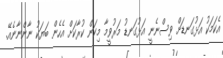
އެކަމަކު އަޅުގަނޑަށް ވިސްނެނީ އަޅުގަނޑު މަރުވީމާ މިކަން ކުރާކަށް އެހެން ބަޔަކު ނާންނާނެއޭ.